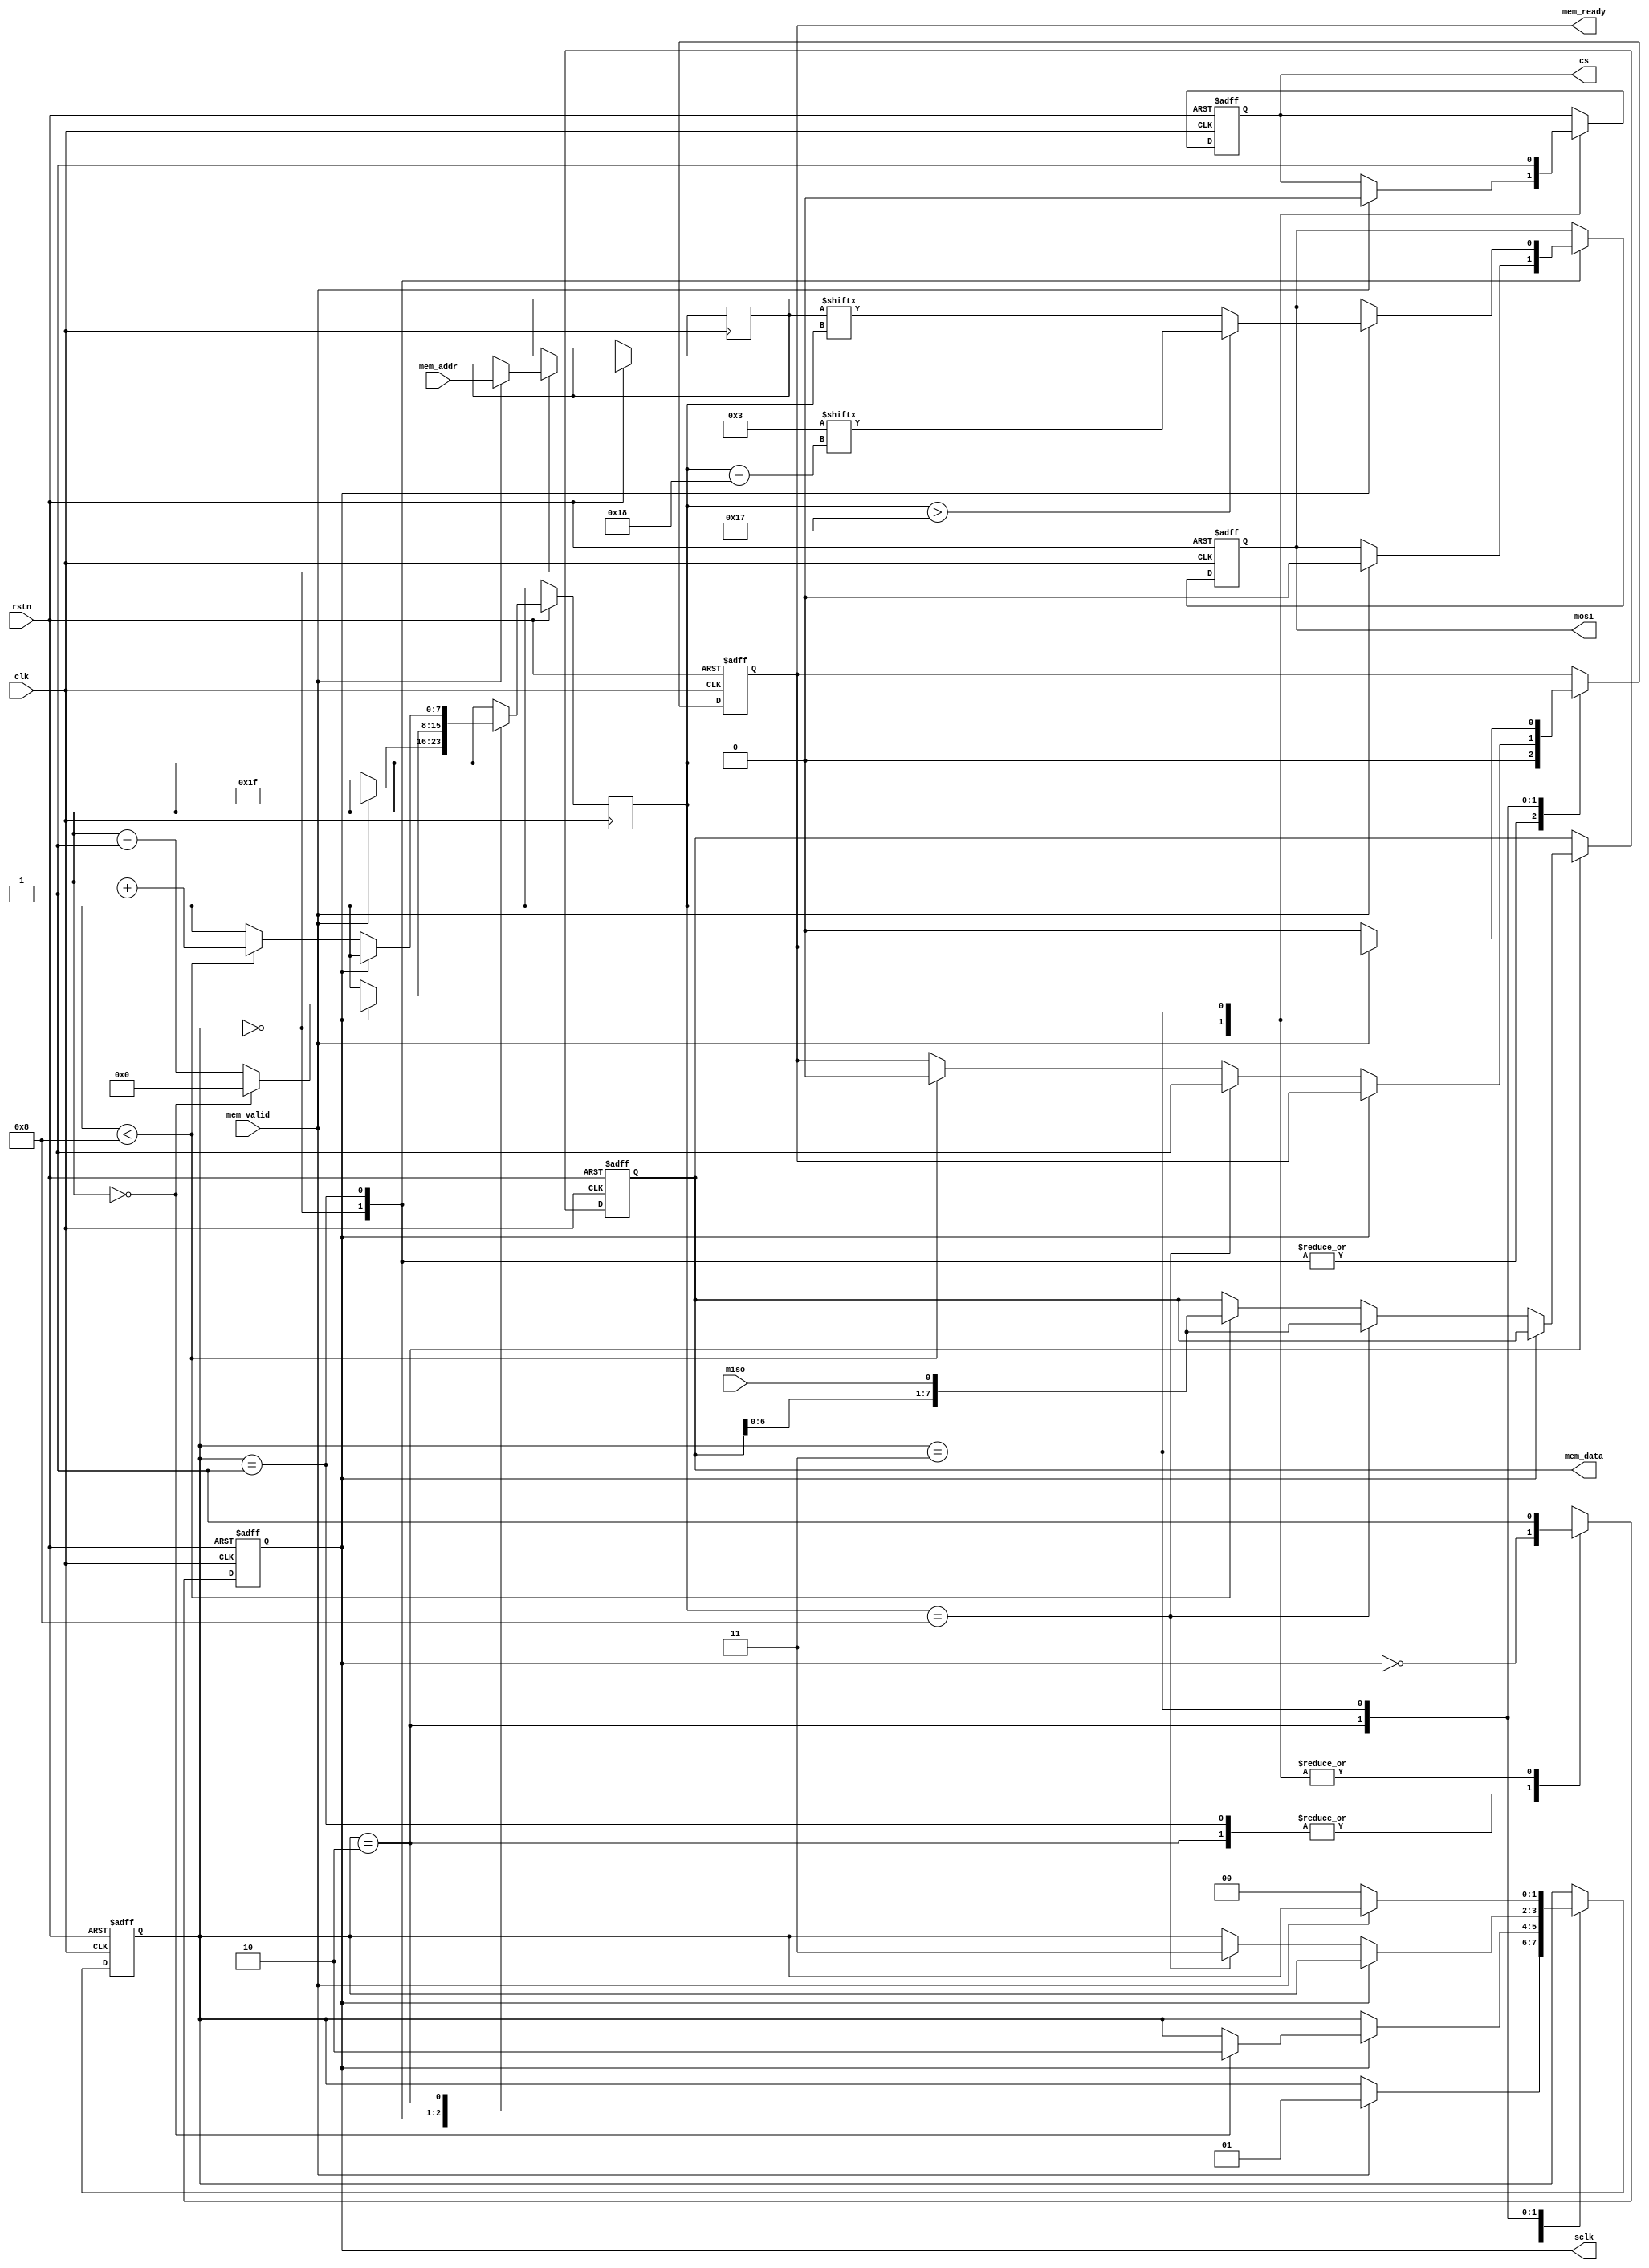
/*******************************************************************
* Module Name: SPI Flash controller
* 
* Description: 
* This module [briefly describe the module's purpose and functionality].
* [Optional: Additional notes on functionality, special cases, or constraints.]
*
* Inputs:
* clk - 1-bit clock input signal for synchronizing the module's operations.
* rstn - 1-bit active low reset signal for initializing or resetting the module's internal state.
* [Document other inputs here if applicable...]
*
* Outputs:
* [Document outputs here if applicable...]
*
* Date: [Date, e.g., "YYYY-MM-DD"]
*******************************************************************/


module spi_flash (
    input wire clk, // System clock
    input wire rstn, // Reset signal, active high
   
    input wire mem_valid, // Memory read valid signal from the rest of the system
    input wire [23:0] mem_addr, // Memory read address
    output reg [7:0] mem_data, // Data read from flash memory
    output reg mem_ready, // Memory read data ready signal
   
    output reg sclk, // SPI Clock
    output reg mosi, // Master Out Slave In, not used for data in this example
    input wire miso, // Master In Slave Out
    output reg cs // Chip Select
);

    // SPI operation states
    localparam IDLE = 2'b00,
               SEND_CMD = 2'b01,
               READ_DATA = 2'b10,
               DATA_READY = 2'b11;
               
    reg [1:0] state = IDLE;
    reg [7:0] cmd = 8'h03; // Read command, may vary based on flash spec
    reg [23:0] address; // Address for reading
    reg [7:0] bit_counter = 0; // To count bits sent/received
    
    always @(posedge clk or negedge rstn) begin
        if (~rstn) begin
            state <= IDLE;
            sclk <= 1;
            mosi <= 0;
            cs <= 1; // Deselect the flash memory
            mem_ready <= 0;
            mem_data <= 0;
        end
        else begin
            case (state)
                IDLE: begin
                    if (mem_valid) begin
                        address <= mem_addr; // Load the address from input
                        cs <= 0; // Select the flash memory
                        mosi <= 0;
                        bit_counter <= 31; // 8 bits for command + 24 bits for address
                        state <= SEND_CMD;
                    end
                    sclk <= 1;
                    mem_ready <= 0;
                end
                
                SEND_CMD: begin
                    sclk <= ~sclk; // Toggle SPI clock
                    mem_ready <= 0;
                    if (sclk == 1) begin // On the rising edge, prepare data
                        if (bit_counter > 23) begin // Send command
                            mosi <= cmd[bit_counter - 24];
                        end
                        else begin // Send address
                            mosi <= address[bit_counter];
                        end
                        
                        if (bit_counter == 0) begin
                            state <= READ_DATA;
                            bit_counter <= 0; // Reset bit counter for reading data
                        end
                        else bit_counter <= bit_counter - 1;
                    end
                end
                
                READ_DATA: begin
                    sclk <= ~sclk; // Toggle SPI clock
                    if (sclk == 0) begin // On the falling edge, read data
                        if (bit_counter < 8) begin
                            mem_data <= {mem_data[6:0], miso}; // Shift in data from MISO
                            bit_counter <= bit_counter + 1;
                            mem_ready <= 0;
                        end
                        
                        if (bit_counter == 8) begin
                            mem_data <= {mem_data[6:0], miso}; // Shift in data from MISO
                            mem_ready <= 1; // Data is ready
                            state <= DATA_READY;
                        end
                    end
                end
                
                DATA_READY: begin
                    if (!mem_valid) begin
                        mem_ready <= 0; // Ready signal after acknowledgment
                        state <= IDLE;
                    end
                    sclk <= 1;
                    cs <= 1; // Deselect the flash memory
                end
                
                default: state <= IDLE;
            endcase
        end
    end
endmodule